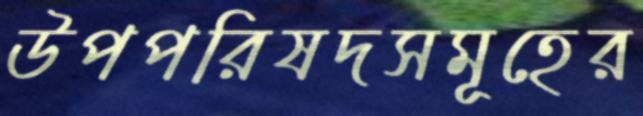
উপপরিষদসমূহের